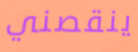
ينقصني